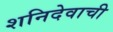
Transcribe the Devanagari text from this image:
शनिदेवाची